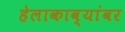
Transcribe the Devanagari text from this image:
हेलाकाव्यांवर